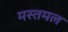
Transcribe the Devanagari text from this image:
मस्तमल